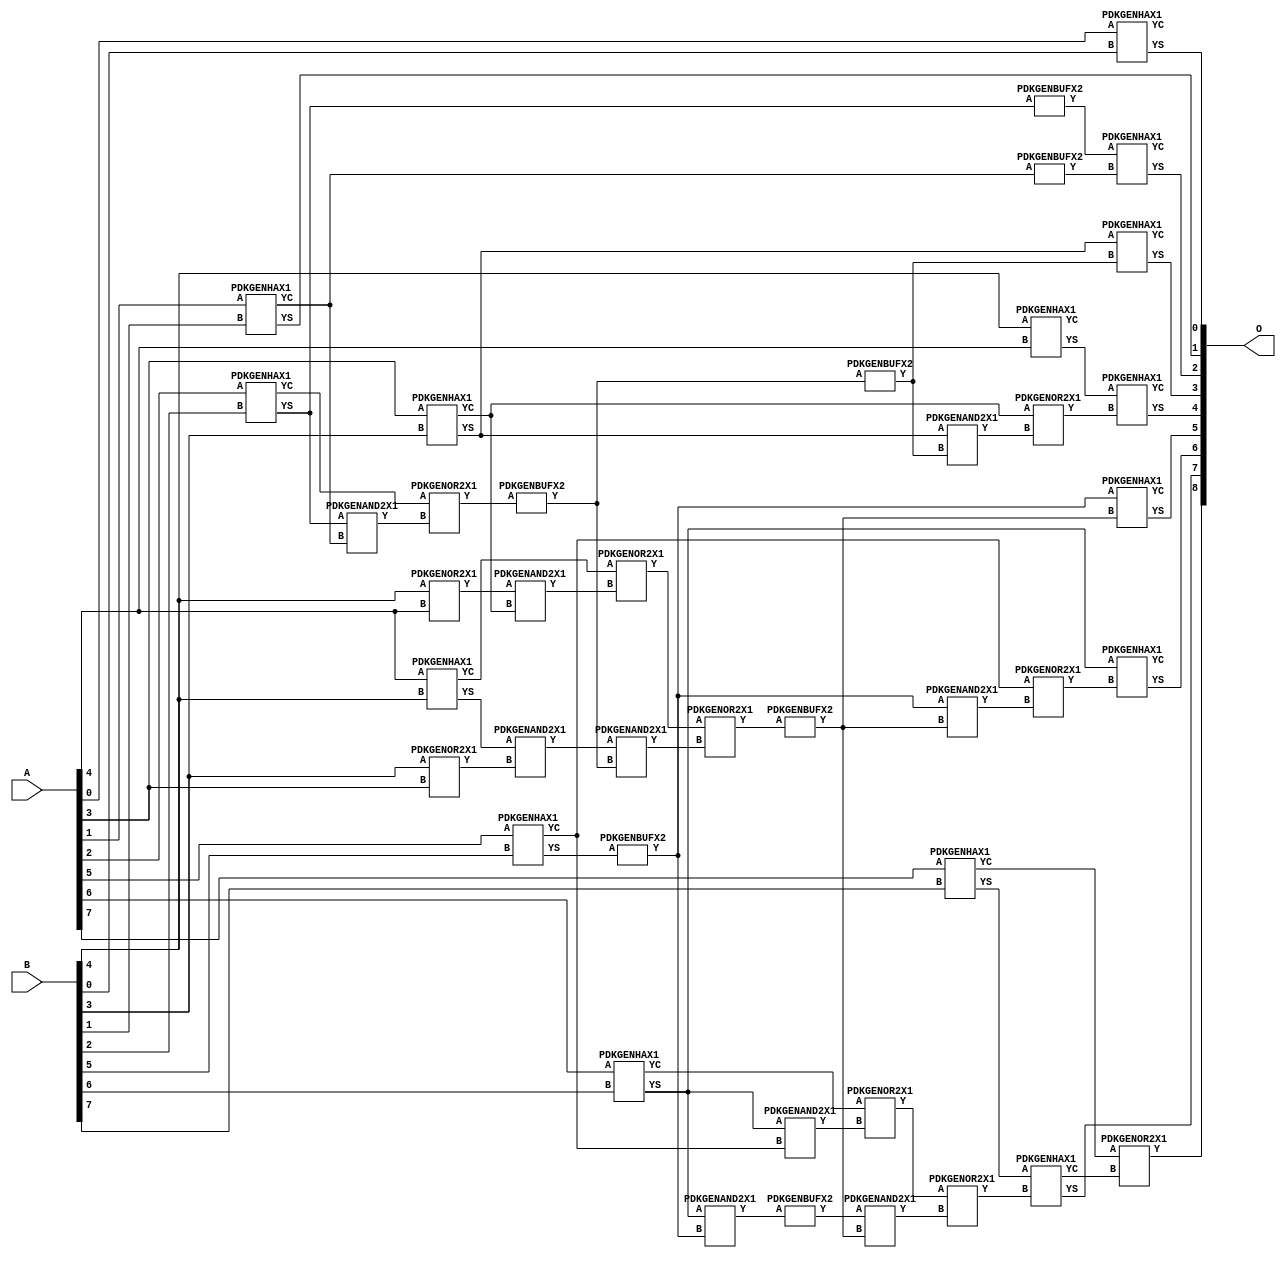
// Library = EvoApprox8b
// Circuit = add8_064
// Area   (180) = 1976
// Delay  (180) = 1.200
// Power  (180) = 661.90
// Area   (45) = 131
// Delay  (45) = 0.510
// Power  (45) = 52.92
// Nodes = 41
// HD = 32640
// MAE = 0.50000
// MSE = 1.00000
// MRE = 0.27 %
// WCE = 2
// WCRE = 100 %
// EP = 25.0 %

module add8_064(A, B, O);
  input [7:0] A;
  input [7:0] B;
  output [8:0] O;
  wire [2031:0] N;

  assign N[0] = A[0];
  assign N[1] = A[0];
  assign N[2] = A[1];
  assign N[3] = A[1];
  assign N[4] = A[2];
  assign N[5] = A[2];
  assign N[6] = A[3];
  assign N[7] = A[3];
  assign N[8] = A[4];
  assign N[9] = A[4];
  assign N[10] = A[5];
  assign N[11] = A[5];
  assign N[12] = A[6];
  assign N[13] = A[6];
  assign N[14] = A[7];
  assign N[15] = A[7];
  assign N[16] = B[0];
  assign N[17] = B[0];
  assign N[18] = B[1];
  assign N[19] = B[1];
  assign N[20] = B[2];
  assign N[21] = B[2];
  assign N[22] = B[3];
  assign N[23] = B[3];
  assign N[24] = B[4];
  assign N[25] = B[4];
  assign N[26] = B[5];
  assign N[27] = B[5];
  assign N[28] = B[6];
  assign N[29] = B[6];
  assign N[30] = B[7];
  assign N[31] = B[7];

  PDKGENHAX1 n32(.A(N[0]), .B(N[16]), .YS(N[32]), .YC(N[33]));
  PDKGENOR2X1 n38(.A(N[22]), .B(N[6]), .Y(N[38]));
  assign N[39] = N[38];
  PDKGENHAX1 n40(.A(N[2]), .B(N[18]), .YS(N[40]), .YC(N[41]));
  PDKGENOR2X1 n46(.A(N[24]), .B(N[8]), .Y(N[46]));
  assign N[47] = N[46];
  PDKGENHAX1 n50(.A(N[4]), .B(N[20]), .YS(N[50]), .YC(N[51]));
  PDKGENBUFX2 n56(.A(N[50]), .Y(N[56]));
  assign N[57] = N[56];
  PDKGENHAX1 n58(.A(N[6]), .B(N[22]), .YS(N[58]), .YC(N[59]));
  PDKGENHAX1 n68(.A(N[8]), .B(N[24]), .YS(N[68]), .YC(N[69]));
  PDKGENHAX1 n78(.A(N[10]), .B(N[26]), .YS(N[78]), .YC(N[79]));
  PDKGENHAX1 n86(.A(N[12]), .B(N[28]), .YS(N[86]), .YC(N[87]));
  PDKGENBUFX2 n90(.A(N[78]), .Y(N[90]));
  assign N[91] = N[90];
  PDKGENHAX1 n96(.A(N[14]), .B(N[30]), .YS(N[96]), .YC(N[97]));
  PDKGENAND2X1 n106(.A(N[50]), .B(N[41]), .Y(N[106]));
  assign N[107] = N[106];
  PDKGENOR2X1 n124(.A(N[51]), .B(N[107]), .Y(N[124]));
  PDKGENAND2X1 n134(.A(N[47]), .B(N[59]), .Y(N[134]));
  PDKGENAND2X1 n142(.A(N[68]), .B(N[39]), .Y(N[142]));
  assign N[143] = N[142];
  PDKGENBUFX2 n150(.A(N[124]), .Y(N[150]));
  PDKGENOR2X1 n152(.A(N[69]), .B(N[134]), .Y(N[152]));
  assign N[153] = N[152];
  PDKGENAND2X1 n162(.A(N[86]), .B(N[79]), .Y(N[162]));
  PDKGENAND2X1 n174(.A(N[86]), .B(N[91]), .Y(N[174]));
  assign N[175] = N[174];
  PDKGENOR2X1 n180(.A(N[87]), .B(N[162]), .Y(N[180]));
  PDKGENBUFX2 n198(.A(N[150]), .Y(N[198]));
  assign N[199] = N[198];
  PDKGENAND2X1 n208(.A(N[143]), .B(N[150]), .Y(N[208]));
  PDKGENHAX1 n224(.A(N[24]), .B(N[8]), .YS(N[224]), .YC(N[225]));
  PDKGENOR2X1 n226(.A(N[153]), .B(N[208]), .Y(N[226]));
  assign N[227] = N[226];
  PDKGENBUFX2 n244(.A(N[175]), .Y(N[244]));
  PDKGENBUFX2 n272(.A(N[227]), .Y(N[272]));
  assign N[273] = N[272];
  PDKGENAND2X1 n282(.A(N[244]), .B(N[273]), .Y(N[282]));
  PDKGENOR2X1 n292(.A(N[180]), .B(N[282]), .Y(N[292]));
  assign N[293] = N[292];
  PDKGENBUFX2 n310(.A(N[41]), .Y(N[310]));
  PDKGENAND2X1 n320(.A(N[58]), .B(N[199]), .Y(N[320]));
  PDKGENOR2X1 n328(.A(N[59]), .B(N[320]), .Y(N[328]));
  PDKGENAND2X1 n338(.A(N[91]), .B(N[272]), .Y(N[338]));
  PDKGENOR2X1 n348(.A(N[79]), .B(N[338]), .Y(N[348]));
  assign N[349] = N[348];
  PDKGENHAX1 n366(.A(N[57]), .B(N[310]), .YS(N[366]), .YC(N[367]));
  PDKGENHAX1 n376(.A(N[58]), .B(N[198]), .YS(N[376]), .YC(N[377]));
  PDKGENHAX1 n384(.A(N[224]), .B(N[328]), .YS(N[384]), .YC(N[385]));
  PDKGENHAX1 n394(.A(N[91]), .B(N[272]), .YS(N[394]), .YC(N[395]));
  PDKGENHAX1 n404(.A(N[86]), .B(N[349]), .YS(N[404]), .YC(N[405]));
  PDKGENHAX1 n412(.A(N[96]), .B(N[293]), .YS(N[412]), .YC(N[413]));
  PDKGENOR2X1 n422(.A(N[97]), .B(N[413]), .Y(N[422]));

  assign O[0] = N[32];
  assign O[1] = N[40];
  assign O[2] = N[366];
  assign O[3] = N[376];
  assign O[4] = N[384];
  assign O[5] = N[394];
  assign O[6] = N[404];
  assign O[7] = N[412];
  assign O[8] = N[422];

endmodule
/* mod */
module PDKGENAND2X1(input A, input B, output Y );
     assign Y = A & B;
endmodule
/* mod */
module PDKGENOR2X1(input A, input B, output Y );
     assign Y = A | B;
endmodule
/* mod */
module PDKGENHAX1( input A, input B, output YS, output YC );
    assign YS = A ^ B;
    assign YC = A & B;
endmodule
/* mod */
module PDKGENBUFX2(input A, output Y );
     assign Y = A;
endmodule